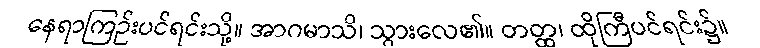
နေရာကြဉ်းပင်ရင်းသို့။ အာဂမာသိ၊ သွားလေ၏။ တတ္ထ၊ ထိုကြီပင်ရင်း၌။